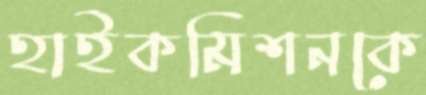
হাইকমিশনকে